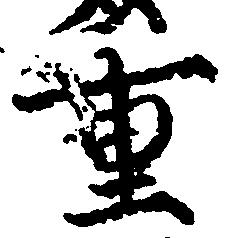
重